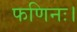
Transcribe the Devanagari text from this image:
फणिनः।